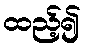
ထည့်၍